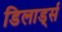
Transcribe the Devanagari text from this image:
डिलार्ड्स